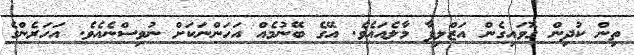
ތިން ކުދިން ގޮވައިގެން އަޒްލިފާ މާލެއައެވެ. އޭގެ ބޭނުމެއް އަހަންނަކަށް ނުވިސްނެއެވެ. އަހަރެންގެ